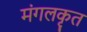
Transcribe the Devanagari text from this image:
मंगलकृत